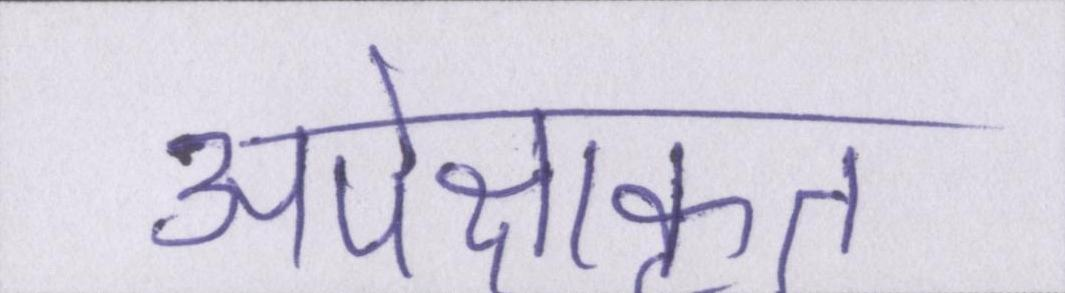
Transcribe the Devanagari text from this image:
अपेक्षाकृत